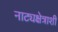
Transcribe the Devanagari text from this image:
नाट्यक्षेत्राशी